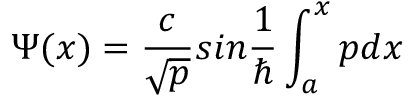
\Psi ( x ) = \frac { c } { \sqrt { p } } s i n \frac { 1 } { \hbar } \int _ { a } ^ { x } p d x